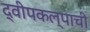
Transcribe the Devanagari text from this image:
द्वीपकल्पाची